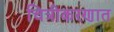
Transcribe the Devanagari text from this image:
चित्रीकरणात